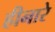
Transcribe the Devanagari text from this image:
हीनारे